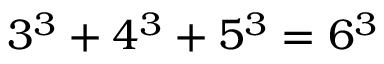
3 ^ { 3 } + 4 ^ { 3 } + 5 ^ { 3 } = 6 ^ { 3 }